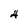
Character: 4